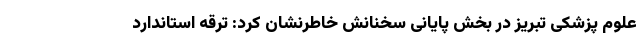
علوم پزشکی تبریز در بخش پایانی سخنانش خاطرنشان کرد: ترقه استاندارد